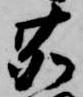
鹿